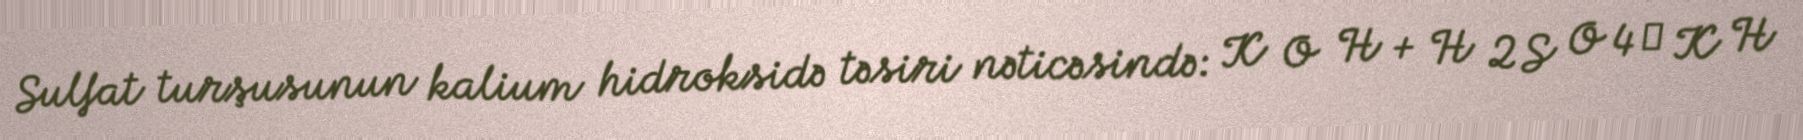
Sulfat turşusunun kalium hidroksidə təsiri nəticəsində: K O H + H 2 S O 4 → K H